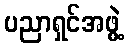
ပညာရှင်အဖွဲ့